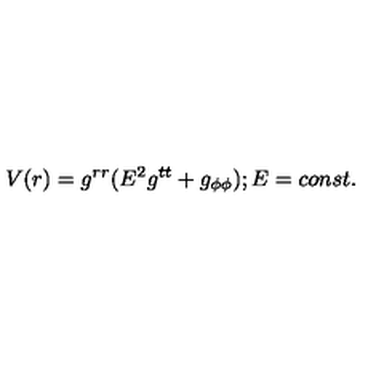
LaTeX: V ( r ) = g ^ { r r } ( E ^ { 2 } g ^ { t t } + g _ { \phi \phi } ) ; E = c o n s t .